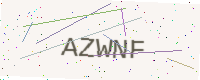
Text: AZWNF